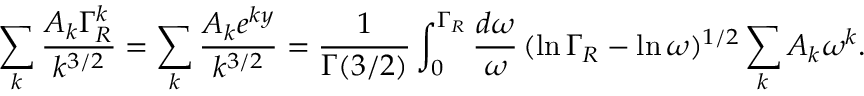
\sum _ { k } \frac { A _ { k } \Gamma _ { R } ^ { k } } { k ^ { 3 / 2 } } = \sum _ { k } \frac { A _ { k } e ^ { k y } } { k ^ { 3 / 2 } } = \frac { 1 } { \Gamma ( 3 / 2 ) } \int _ { 0 } ^ { \Gamma _ { R } } \frac { d \omega } { \omega } \, ( \ln \Gamma _ { R } - \ln \omega ) ^ { 1 / 2 } \sum _ { k } A _ { k } \omega ^ { k } .